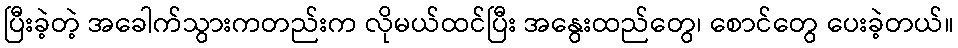
ပြီးခဲ့တဲ့ အခေါက်သွားကတည်းက လိုမယ်ထင်ပြီး အနွေးထည်တွေ၊ စောင်တွေ ပေးခဲ့တယ်။